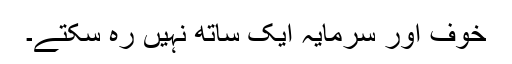
خوف اور سرمایہ ایک ساتھ نہیں رہ سکتے۔